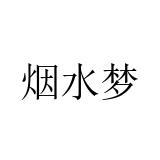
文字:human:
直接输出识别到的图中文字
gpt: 烟水梦